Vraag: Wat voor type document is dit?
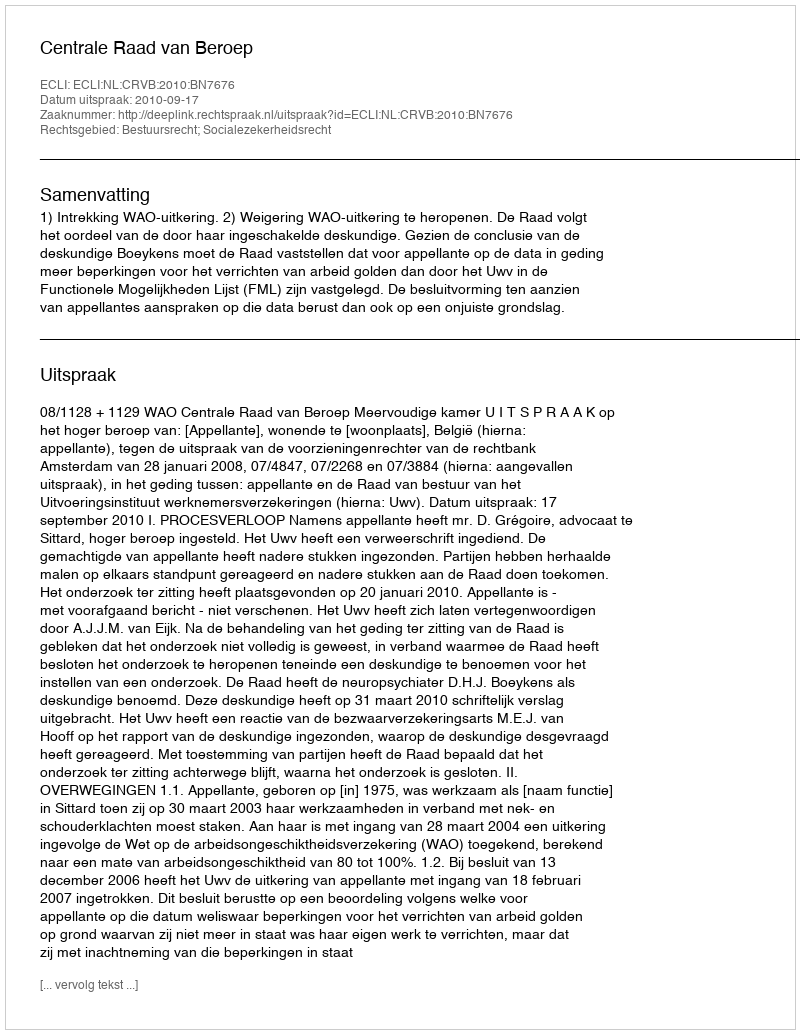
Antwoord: Uitspraak